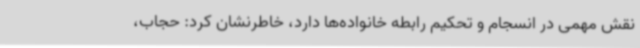
نقش مهمی در انسجام و تحکیم رابطه خانواده‌ها دارد، خاطرنشان کرد: حجاب،